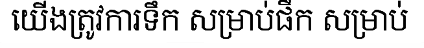
យើងត្រូវការទឹក សម្រាប់ផឹក សម្រាប់